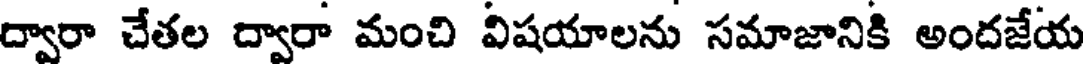
ద్వారా చేతల ద్వారా మంచి విషయాలను సమాజానికి అందజేయ